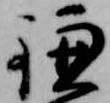
鎌